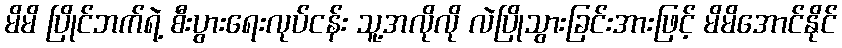
မိမိ ပြိုင်ဘက်ရဲ့ စီးပွားရေးလုပ်ငန်း သူ့အလိုလို လဲပြိုသွားခြင်းအားဖြင့် မိမိအောင်နိုင်